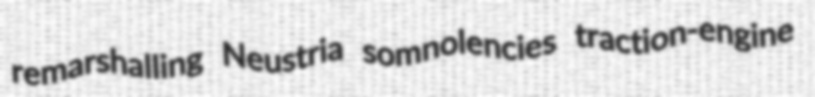
remarshalling Neustria somnolencies traction-engine